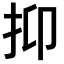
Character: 抑